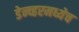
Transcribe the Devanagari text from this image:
डेन्व्हरमध्येच